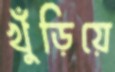
খুঁড়িয়ে